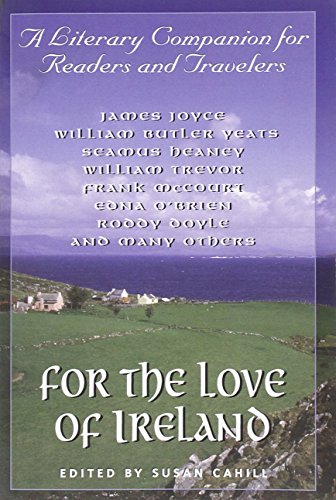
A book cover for For the Love of Ireland: A Literary Companion for Readers and Travelers; Travel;